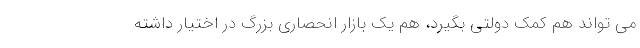
می تواند هم کمک دولتی بگیرد، هم یک بازار انحصاری بزرگ در اختیار داشته